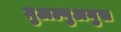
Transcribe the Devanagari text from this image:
ग़ुअल्गुअनुस